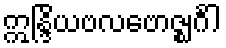
ဣန္ဒြိယဗလဗောဇ္ဈင်္ဂါ